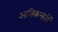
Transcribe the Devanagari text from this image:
अभिकलनों